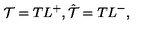
{ \cal T } = T L ^ { + } , \hat { \cal T } = T L ^ { - } ,